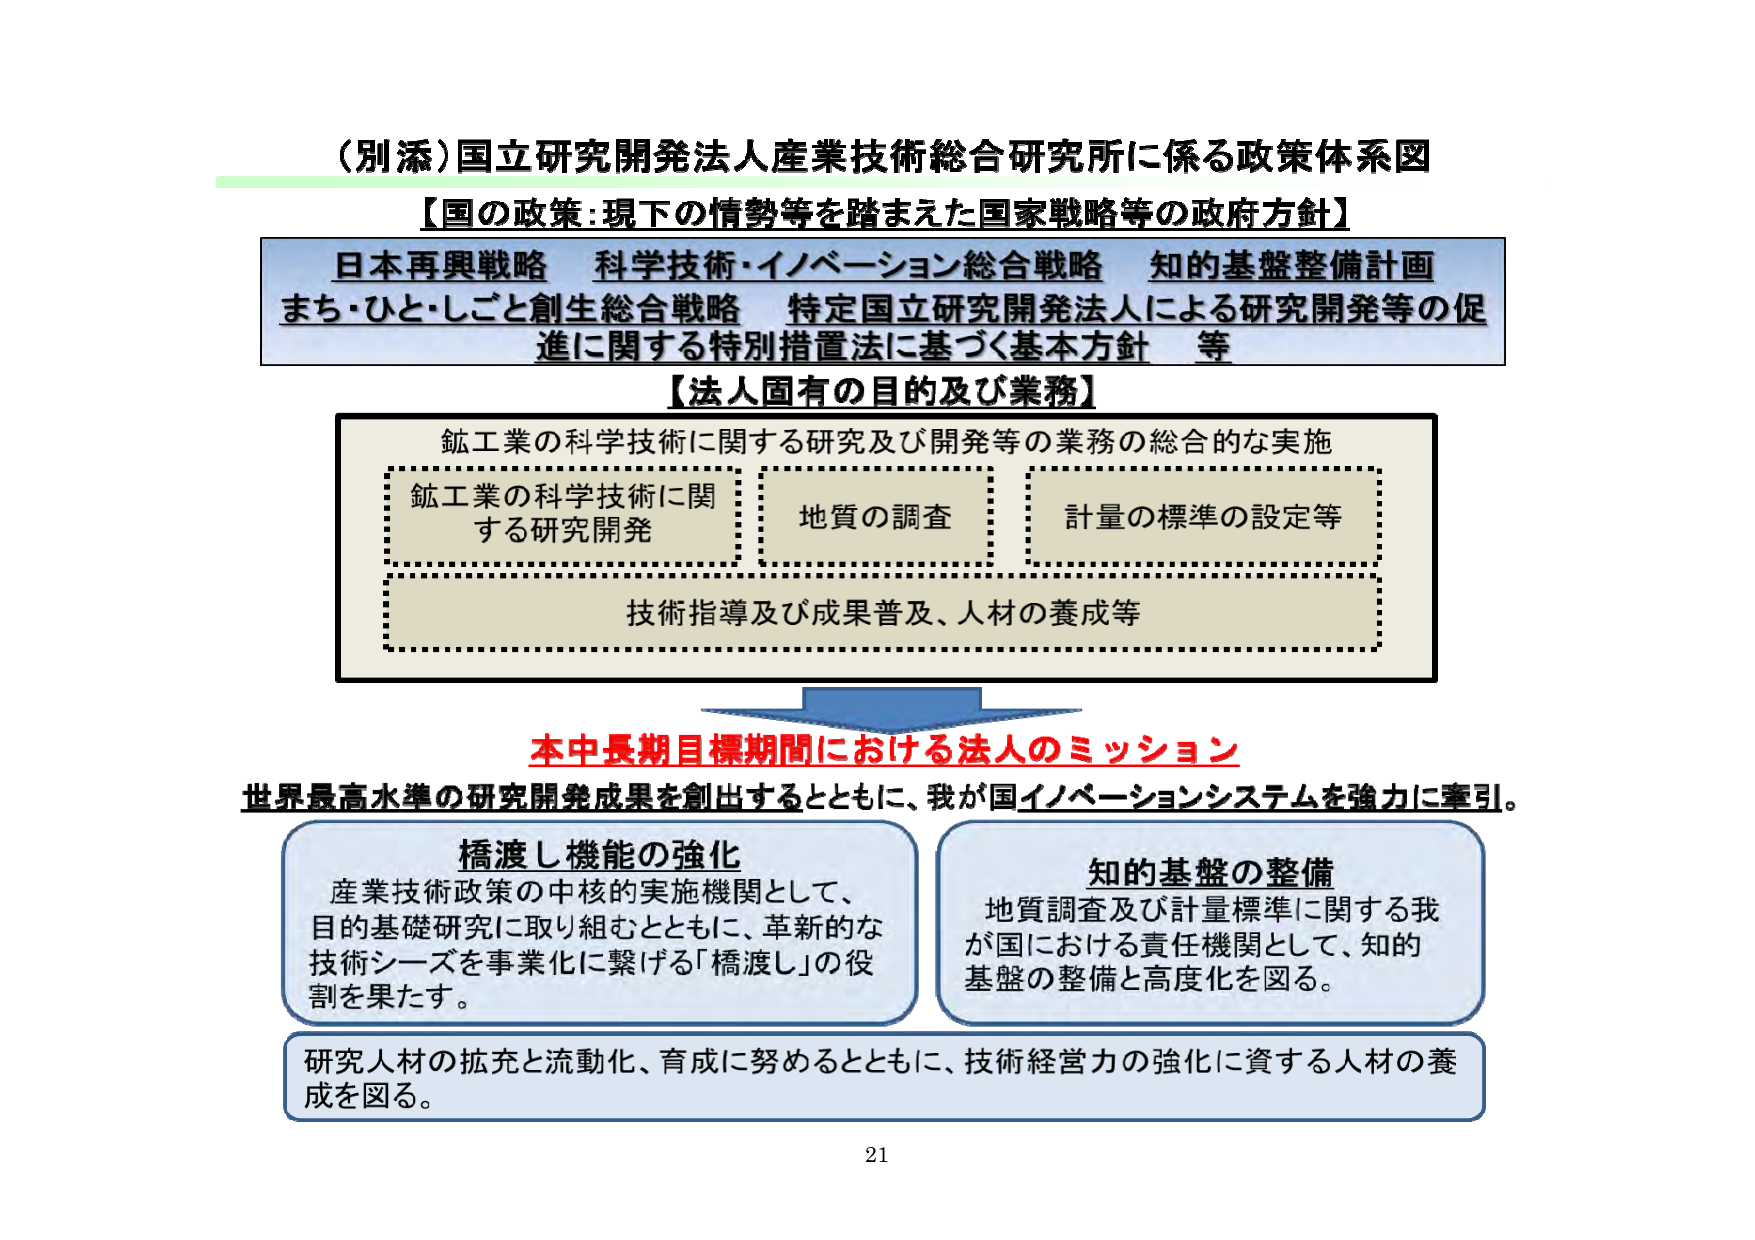
（別添）国立研究開発法人産業技術総合研究所に係る政策体系図
【国の政策：現下の情勢等を踏まえた国家戦略等の政府方針】
日本再興戦略　科学技術・イノベーション総合戦略　知的基盤整備計画
まち・ひと・しごと創生総合戦略　特定国立研究開発法人による研究開発等の促進に関する特別措置法に基づく基本方針　等
【法人固有の目的及び業務】
鉱工業の科学技術に関する研究及び開発等の業務の総合的な実施
鉱工業の科学技術に関する研究開発　地質の調査　計量の標準の設定等
技術指導及び成果普及、人材の養成等
本中長期目標期間における法人のミッション
世界最高水準の研究開発成果を創出するとともに、我が国イノベーションシステムを強力に牽引。
橋渡し機能の強化
産業技術政策の中核的実施機関として、
目的基礎研究に取り組むとともに、革新的な
技術シーズを事業化に繋げる「橋渡し」の役
割を果たす。
知的基盤の整備
地質調査及び計量標準に関する我
が国における責任機関として、知的
基盤の整備と高度化を図る。
研究人材の拡充と流動化、育成に努めるとともに、技術経営力の強化に資する人材の養成を図る。
21